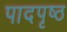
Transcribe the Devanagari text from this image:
पादपृष्ठ